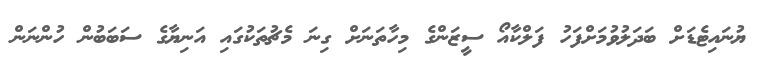
ޔުނައިޓެޑަށް ބަދަލުވުމަށްފަހު ފަލްކާއޯ ސީޒަންގެ މިހާތަނަށް ގިނަ މެޗުތަކުގައި އަނިޔާގެ ސަބަބުން ހުންނަން